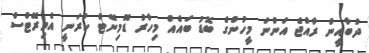
ދުބާއީން ރާއްޖެ އަންނަ މީހުންގެ ބޮޑު ބައެއް މިހާރު ޑޮމިނޭޓް ކުރަނީ އެމިރޭޓްސް